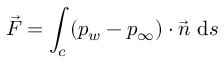
\vec { F } = \int _ { c } \left( p _ { w } - p _ { \infty } \right) \cdot \vec { n } \mathrm { ~ d } s